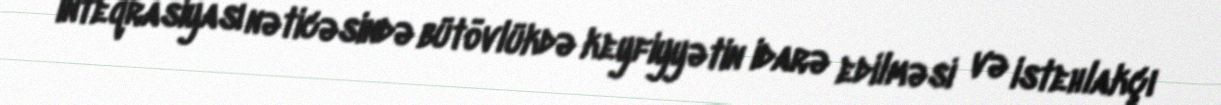
inteqrasiyası nəticəsində bütövlükdə keyfiyyətin idarə edilməsi və istehlakçı